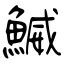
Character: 鰄